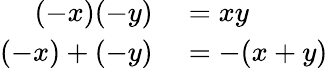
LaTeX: \begin{array}{rl}{(-x)(-y)}&{{}=xy}\\ {(-x)+(-y)}&{{}=-(x+y)}\end{array}